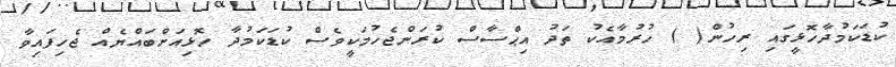
ކުޑަކަމުދާހޮޅީގައި ރިހުން( ) ހުރުމާއެކު ތަދު އިޙްސާސް ކުރަންޖެހުމަކީވެސް ކުޑަކަމުދާ ހޮޅިއަށްބައްޔެއް ޖެހިފައިވާ